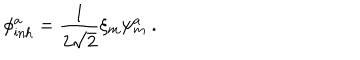
LaTeX: \phi _ { \mathrm { i n h } } ^ { a } = \frac { 1 } { 2 \sqrt { 2 } } \xi _ { m } \psi _ { m } ^ { a } ~ .